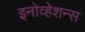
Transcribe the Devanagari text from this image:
इनोव्हेशन्स